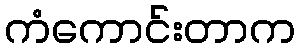
ကံကောင်းတာက